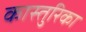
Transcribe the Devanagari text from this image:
कास्तुरिका